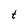
Character: t